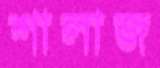
শালাজ